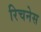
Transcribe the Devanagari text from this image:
रिचनेस